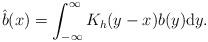
LaTeX: \begin{align*}\hat{b}(x)=\int_{-\infty}^{\infty}K_{h}(y-x)b(y)\mathrm{d}y.\end{align*}